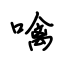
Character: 噙